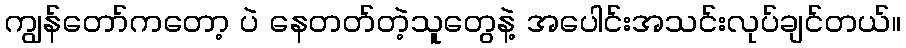
ကျွန်တော်ကတော့ ပဲ နေတတ်တဲ့သူတွေနဲ့ အပေါင်းအသင်းလုပ်ချင်တယ်။